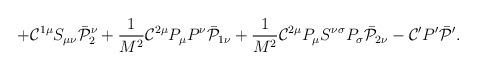
LaTeX: \begin{align*}+{\cal C}^{1\mu}S_{\mu\nu}\bar{\cal P}^\nu_2 +\frac{1}{M^2}{\cal C}^{2\mu}P_\mu P^\nu\bar{\cal P}_{1\nu}+\frac{1}{M^2}{\cal C}^{2\mu}P_\mu S^{\nu\sigma}P_\sigma\bar{\cal P}_{2\nu}-{\cal C}'P'\bar{\cal P}'.\end{align*}